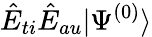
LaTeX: \hat{E}_{ti}\hat{E}_{au}|\Psi^{(0)}\rangle